NAE_ERA_R-1992_EV_Ehitusministeerium, lk 17
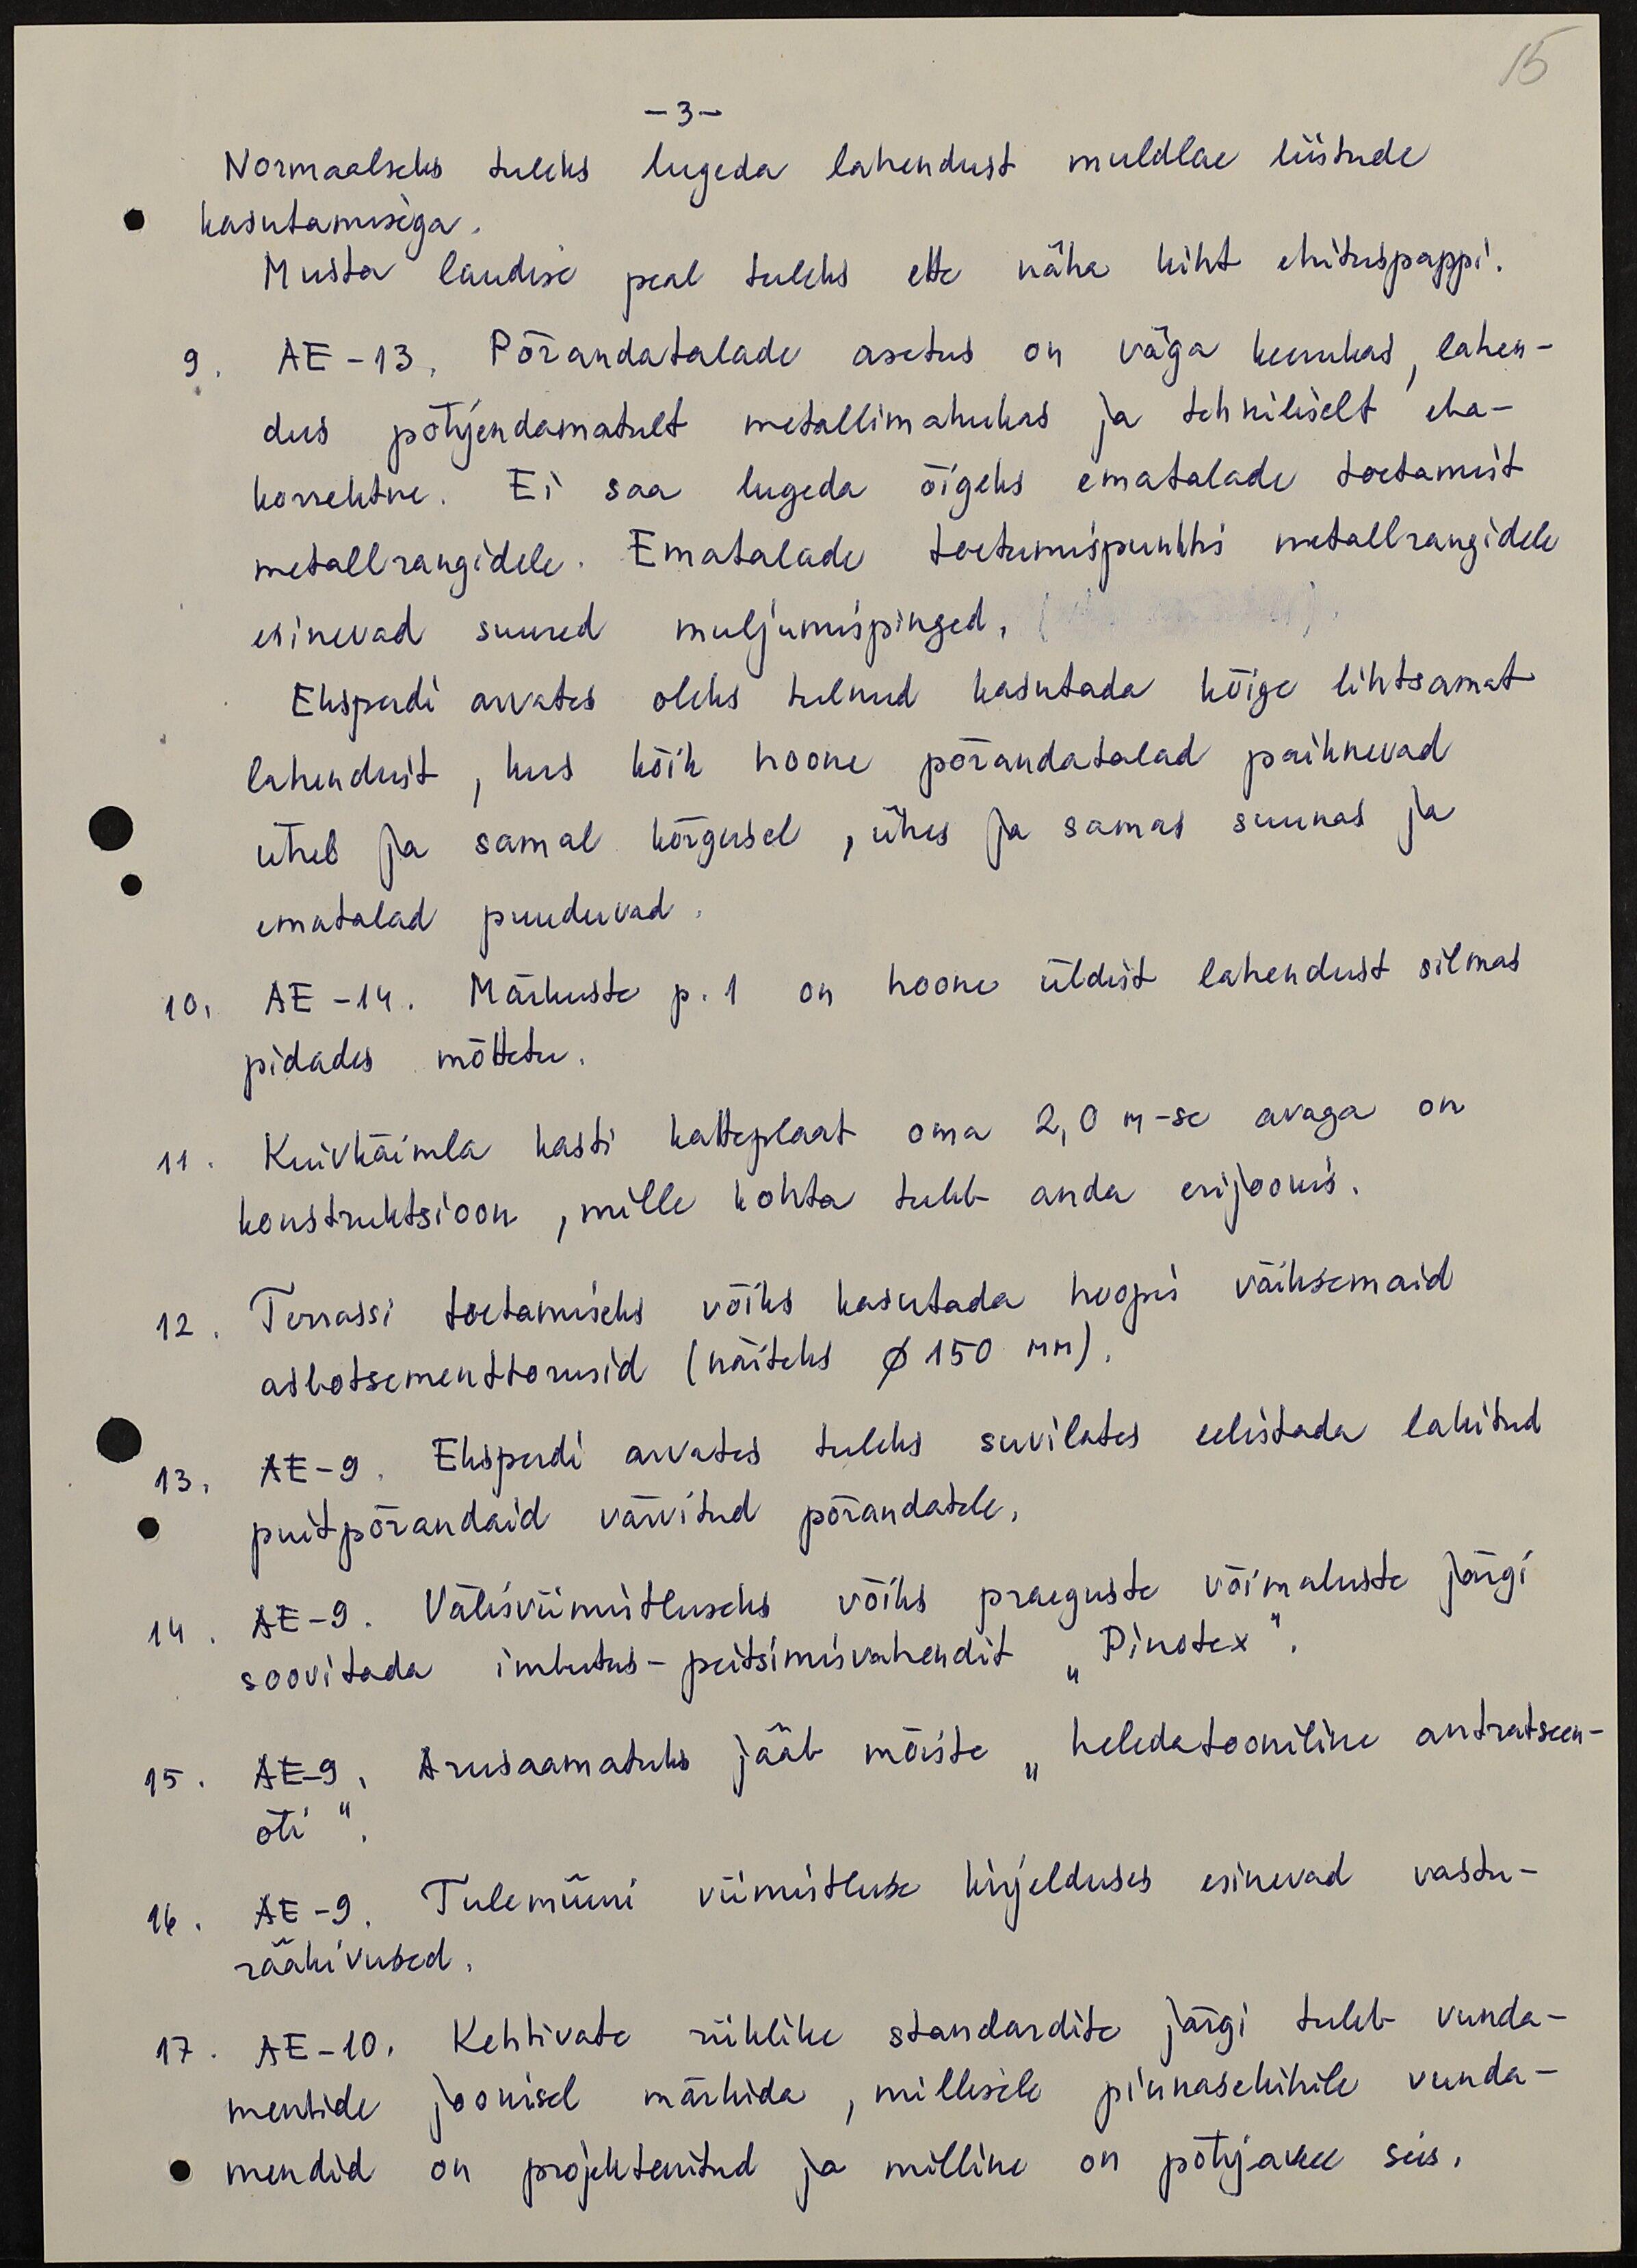
15

- 3 -
Normaalseks tuleks lugeda lahendust muldlae liistude
kasutamisega.
Musta laudise peal tuleks ette näha kiht ehituspappi!
9. AE -13, Põrandatalade asetus on väga keerukad, lahen-
dus põhjendamatult metallimahukas ja tehniliselt eba-
korrektne. Ei saa lugeda õigeks ematalade toetamist
metall rangidele. Ematalade toetumispunkti metall rangidele
esinevad suured muljumispinged.
Eksperdi arvates oleks tulnud kasutada kõige lihtsamat
lahendust, kus kõik hoone põrandatalad paiknevad
ühel ja samal kõrgusel, ühes ja samas suunas ja
ematalad puuduvad.
10. AE -14. Märkuste p. 1 on hoone üldist lahendust silmas
pidades mõttetu.
11. Kuivkäimla kasti katteplaat oma 2,0 m-se avaga on
konstruktsioon, mille kohta tuleb anda erijoonis.
12. Terrassi toetamiseks võiks kasutada hoopi väiksemaid
asbotsementtorusid (näiteks Ø 150 mm).
13. AE-9. Eksperdi arvates tuleks suvilates eelistada lakitud
puitpõrandaid värvitud põrandatele.
14. AE-9. Välisviimistluseks võiks praeguste võimaluste järgi
soovitada imhutus-peitsimisvahendit "Pinotex"
15. AE-9. Arusaamatuks jääb mõiste "heledatooniline antratseen-
õli" "
16. AE-9. Tulemüüri viimistluse kirjelduses esinevad vastu-
rääkivused.
17. AE-10. Kehtivate riiklike standardite järgi tuleb vunda-
mentide joonisel märkida, millisele pinnasekihile vunda-
mendid on projekteeritud ja milline on põhjavee seis.